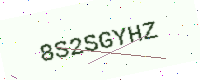
Text: 8S2SGYHZ